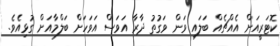
ކޮޓަރީއަށް އެއްޗެއް ބަލައި ވަން ވަގުތު ދާރާ އަވަސް އަވަހަށް ބަލްމާއަށް ގުޅިއެވެ.